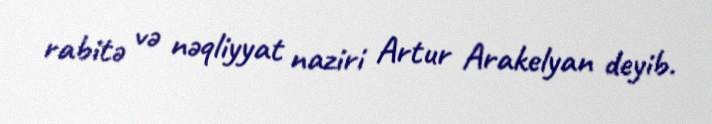
rabitə və nəqliyyat naziri Artur Arakelyan deyib.